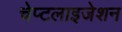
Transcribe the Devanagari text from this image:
चेप्टलाइजेशन